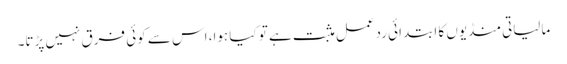
مالیاتی منڈیوں کا ابتدائی ردعمل مثبت ہے تو کیا ہوا، اس سے کوئی فرق نہیں پڑتا۔